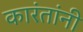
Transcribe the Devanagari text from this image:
कारंतांनी